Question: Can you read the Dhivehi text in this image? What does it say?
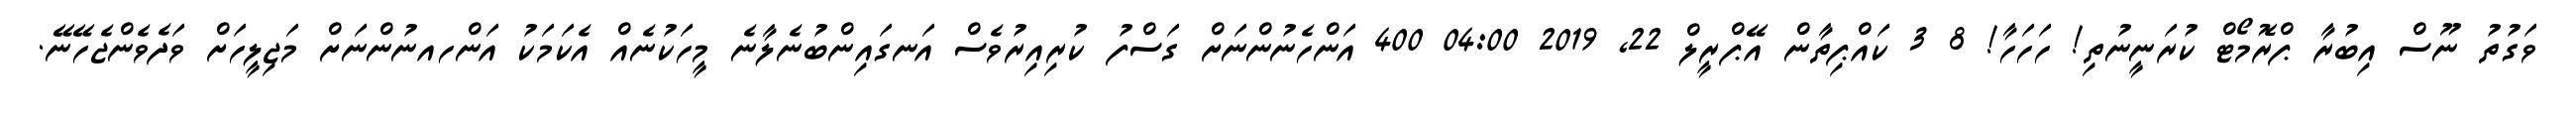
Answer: ވަގުތު ނޫސް އިބުރާ ޕްރޮމޯޓް ކުރަނީނުތި! ހަހަހާ! 8 3 ކައްޕިތާން އޭޕްރީލް 22, 2019 04:00 400 އަންހެނުންނަށް ގަސްފު ކުރިއިރުވެސް އަނގައިންބުނެލާނެ މީހަކުނެއް އެކަމަކު އަންހއނުންނަށް މަޖިލީހަށް ވަދެވެންޖެހޭނޭ.